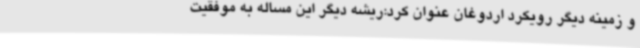
و زمینه دیگر رویکرد اردوغان عنوان کرد:ریشه دیگر این مساله به موفقیت